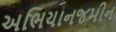
અભિયાનજમીન